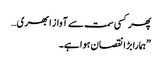
پھر کسی سمت سے آواز ابھری…
”ہمارا بڑا نقصان ہوا ہے۔